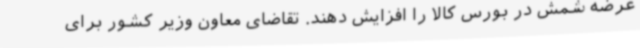
عرضه شمش در بورس کالا را افزایش دهند. تقاضای معاون وزیر کشور برای